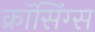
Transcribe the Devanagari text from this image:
क्रॉसिंग्स